Civil Veterinary Department Bengal reports 1923-33 - 1923-1933
Year: 1923
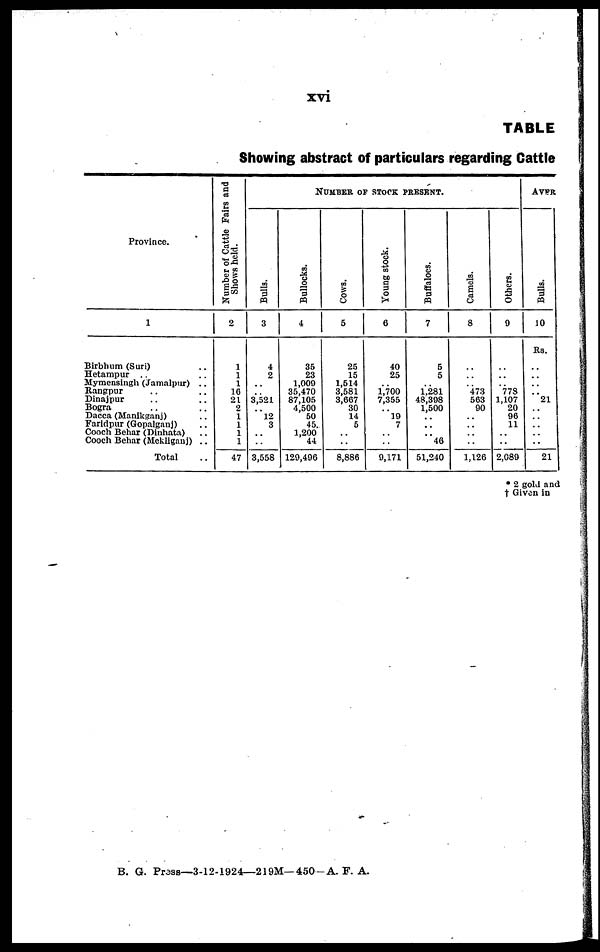
xvi
TABLE
Showing abstract of particulars regarding Cattle
Province.
1
Birbhum (Suri) ..
Hetampur .. ..
Mymensingh (Jamaipur) ..
Rangpur .. ..
Dinajpur .. ..
Bogra .. ..
Dacca (Manikganj) ..
Faridpur (Gopalganj) ..
Cooch Behar (Diuhata) ..
Cooch Behar (Mekliganj) ..
Total ..
Number of Cattle Fairs and
Shows held.
2
1
1
1
10
21
2
1
1
1
1
47
NUMBER OF STOCK PRESENT
Bulla.
3
4
2
..
..
3,521
..
12
3
..
..
3,558
Bullocks.
4
35
23
1,009
35,470
87,105
4,500
50
45
1,200
44
129,400
Cows.
5
25
15
1,514
3,581
3,607
30
14
5
..
..
8,886
Young stock.
6
40
25
..
1,700
7,355
..
19
7
..
..
9,171
Buffaloes.
7
5
5
..
1,281
48,398
1,500
..
..
..
46
51,240
Camels.
8
..
..
..
473
563
90
..
..
..
..
1,126
Others.
9
..
..
..
779
1,107
20
96
11
..
..
2,089
AVER
Bulls.
10
Rs.
..
..
..
..
21
..
..
..
..
..
21
* 2 gold and
† Given in
B. G. Press—3-12-1924—219M—450-A. F. A.